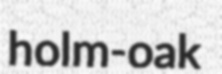
holm-oak